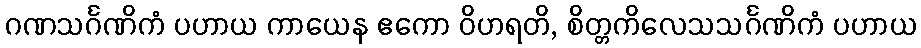
ဂဏသင်္ဂဏိကံ ပဟာယ ကာယေန ဧကော ဝိဟရတိ, စိတ္တကိလေသသင်္ဂဏိကံ ပဟာယ